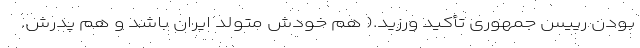
بودن رییس جمهوری تأکید ورزید.( هم خودش متولد ایران باشد و هم پدرش.